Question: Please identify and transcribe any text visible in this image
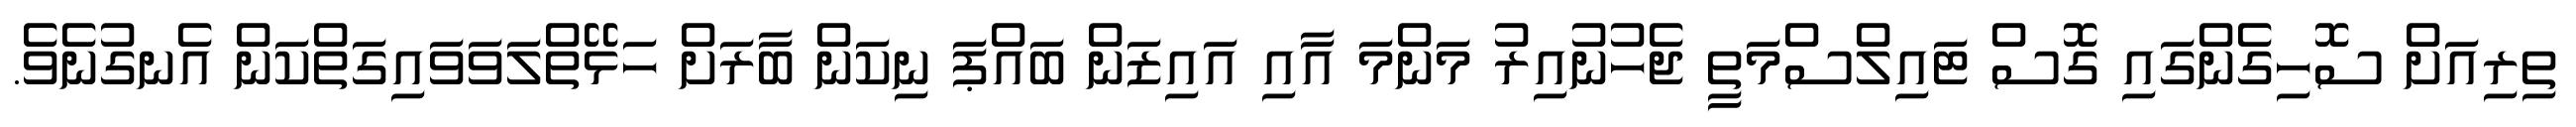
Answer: ތިރިއަށް ސޮހިގެންގައި ގޮސް ޓައިލްސްމަތީ ޖެހުނުއިރު މަންމަ އާއި އައިޒަން ބައްޕަ ނިކަން ބާރަށް ހަޅޭތްލަވަވައިގަތްކަން އެނގުނެވެ.